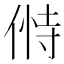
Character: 𬾸